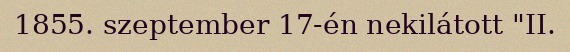
1855. szeptember 17-én nekilátott "II.